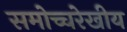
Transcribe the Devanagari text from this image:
समोच्चरेखीय